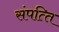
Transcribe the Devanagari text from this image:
संपत्‍ति